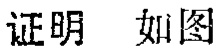
证明 如图